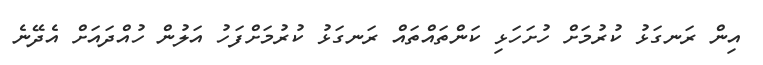
އިން ރަނގަޅު ކުރުމަށް ހުށަހަޅި ކަންތައްތައް ރަނގަޅު ކުރުމަށްފަހު އަލުން ހުއްދައަށް އެދޭނެ